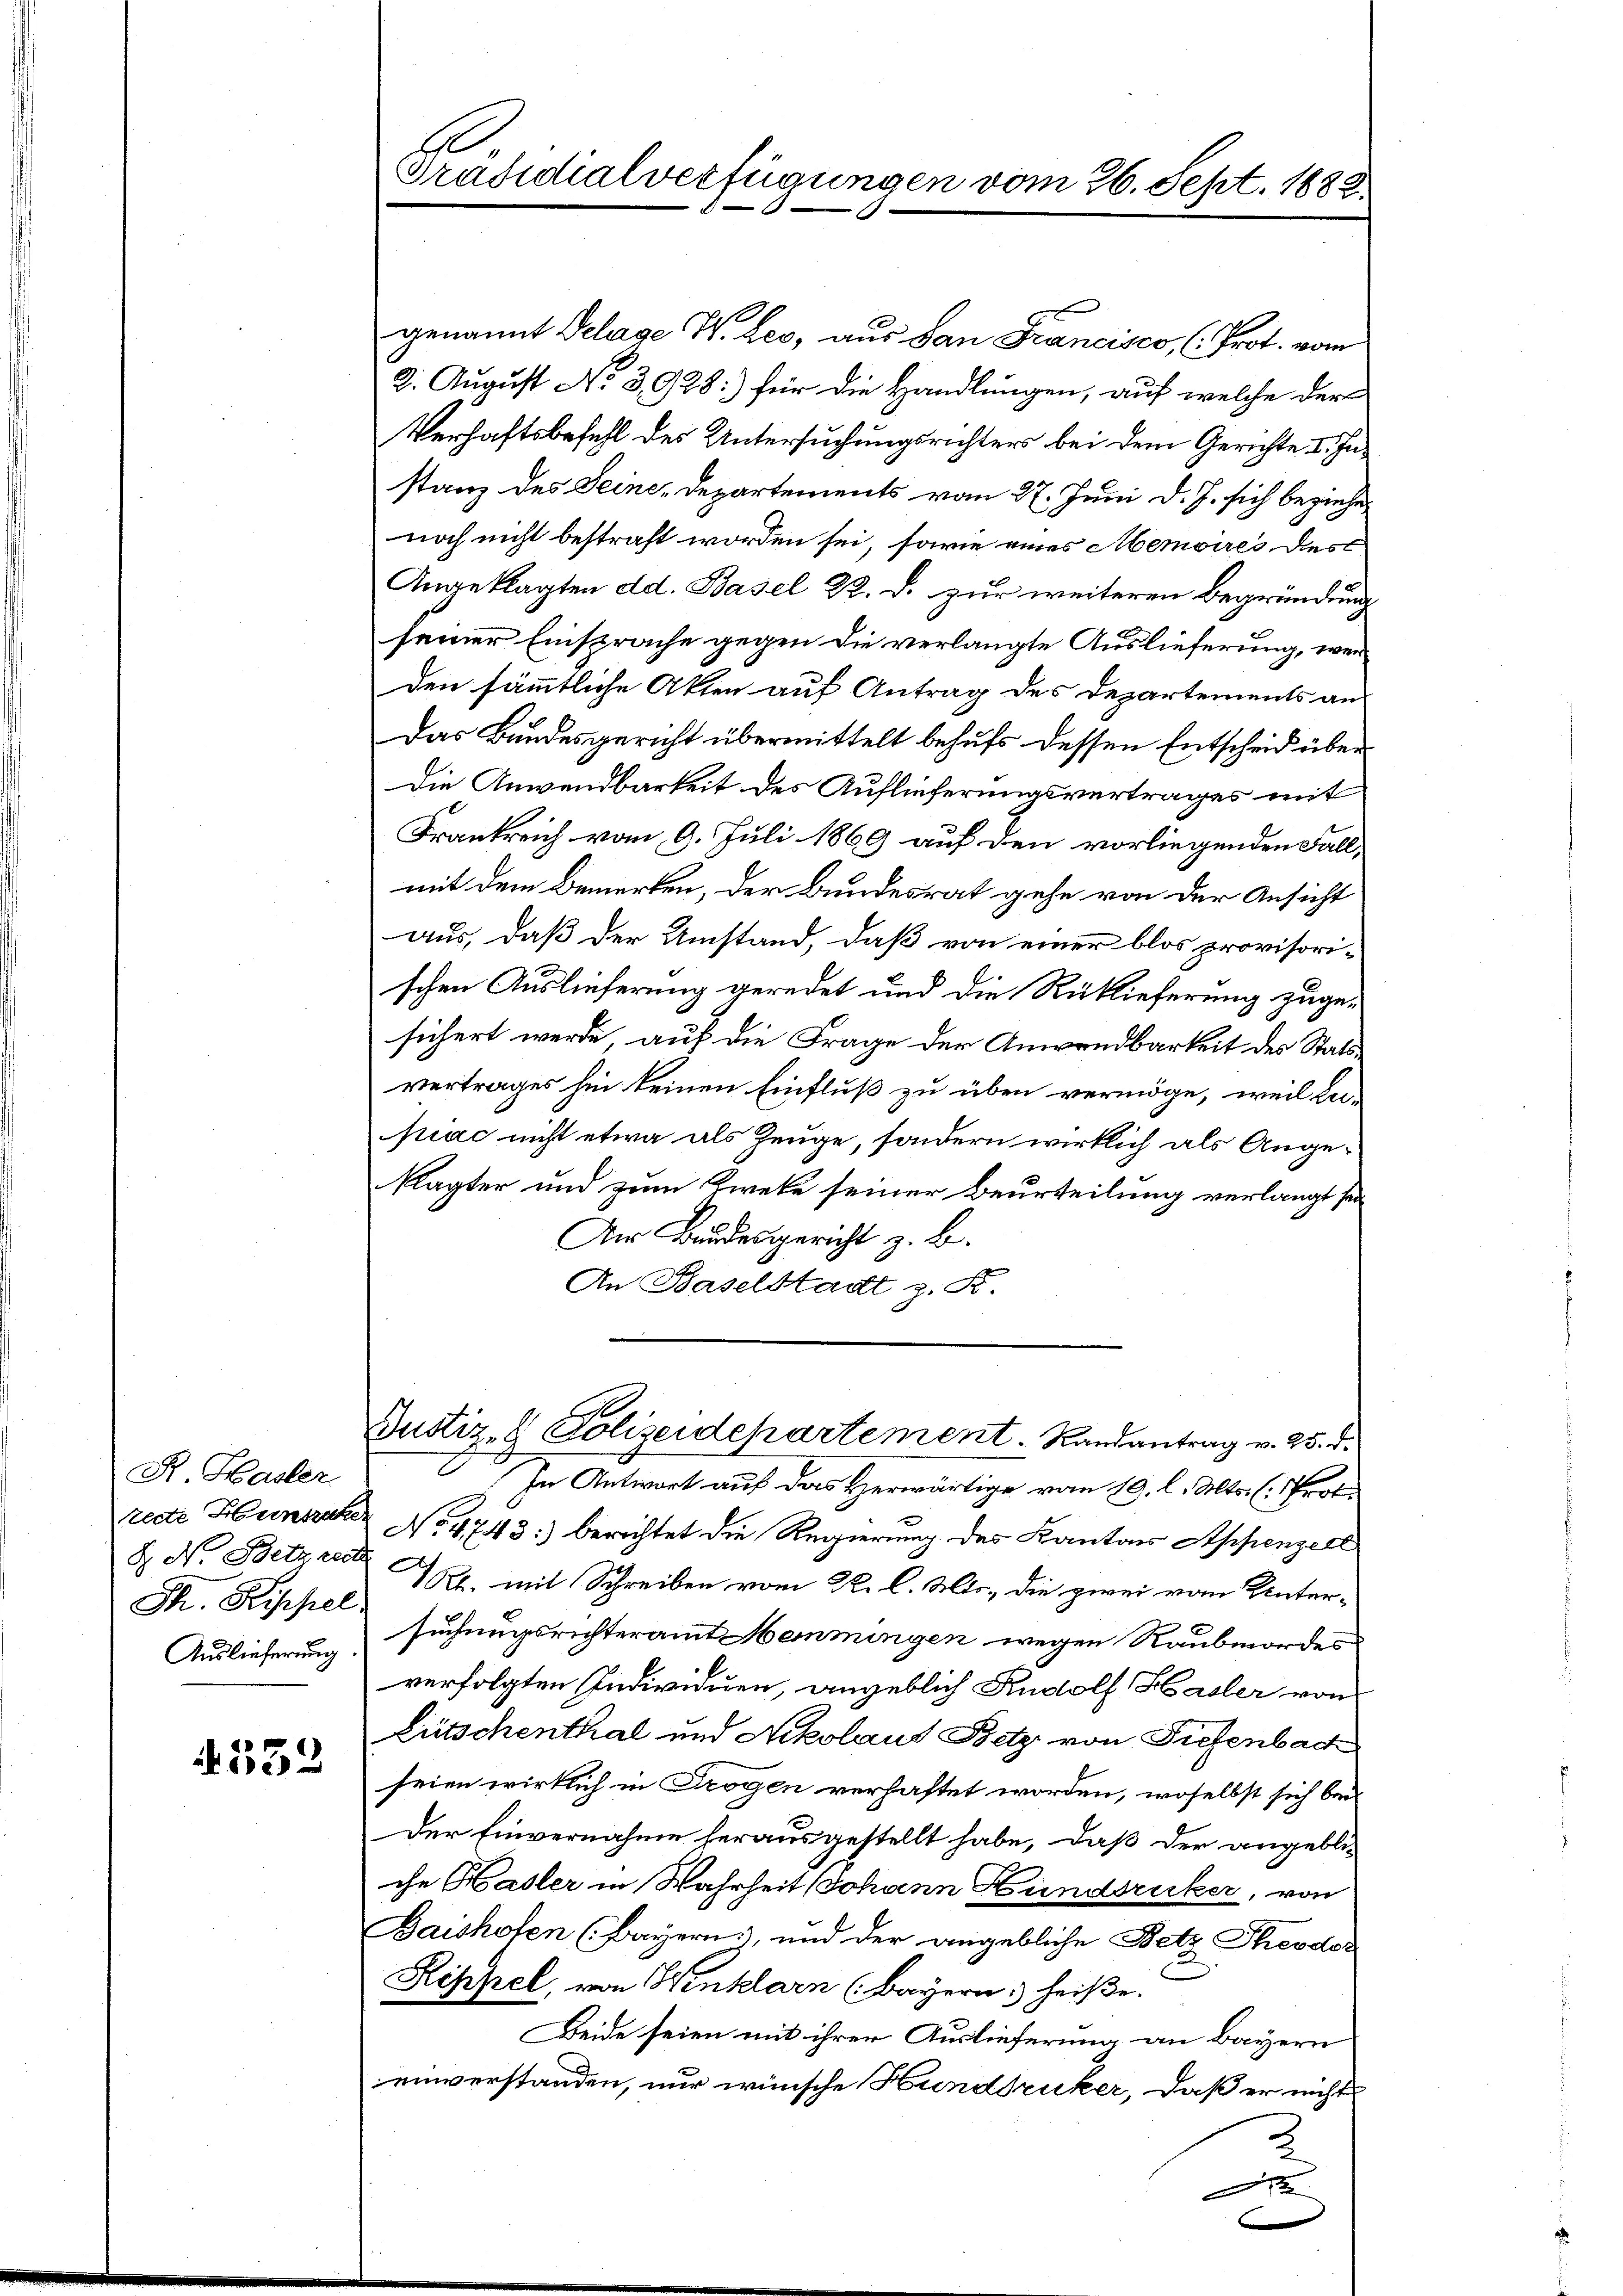
R. Hasler
Th. Rippel
Auslieferung

4532

Präsidialverfügungen vom 26. Sept. 1882.

genannt Pelage W. Leo, aus dan Francisco, (Prot. vom
2. August No 3,928: für die Handlungen, auf welche der
Verhaftsbefehl des Untersuchungsrichters bei dem Gerichte I. Instanz des Seine Departements vom 27. Juni d. J. sich beziehen
noch nicht bestraft worden sei, sowie eines Memoires dies
Angeklagten dd. Basel 22. d. zur weiteren Begründung
seiner Einsprache gegen die verlangte Auslieferung, werden sämmtliche Akten auf Antrag des Departements an
Das Bundesgericht übermittelt behufs dessen Entscheid über
Die Anwendbarkeit des Auflieferungsvertrages mit
Frankreich vom 9. Juli 1869 auf den vorliegenden Fallmit dem Bemerken, der Bundesrat gehe von der Ansicht
aus, daß der Umstand, daß von einer blos provisorischen Auslieferung geredet und die Rücklieferung zugesichert werde, auf die Frage der Anwendbarkeit des Stats
vertrages hin keinen Einfluß zu üben vermöge, weil dahiac nicht etwa als Zeuge, sondern wirklich als Angeklagter und zum Zweke seiner Beurteilung verlangt sei
Der Bundesgericht z. B.
An Baselstadt z. B.
Justiz- & Polizeidepartement. Randantrag v. 25. d.
In Antwort auf das Herwärtige vom 19. l. Mts. (: Prof.
recte Hunsere No. 4743:) berichtet die Regierung des Kanton Appenzell
d. M. Betzard 7. mit Schreiben vom R. l. Mts., die zwei vom Unter-
suchungsrichteramt Memmingen wegen Raubmordes
verfolgten Individuen, angeblich Rudolf Hasler von
Litschenthal und Nikolaus Betz von Tiefenbach
seien wirklich in Trogen verhaftet worden, woselbst sich bei
Der Einvernahme herausgestellt habe, daß der angebli-
che Hasler in Wahrheit Johann Hundsrucker, von
Baishofen (Bayern, und der angebliche Betz Theodor
Rippel, von Winklarn (Bayern, heiße.
Beide seien mit ihrer Auslieferung an Bayern
einverstanden, nur wünsche Hunddruker, daß er nichts
c